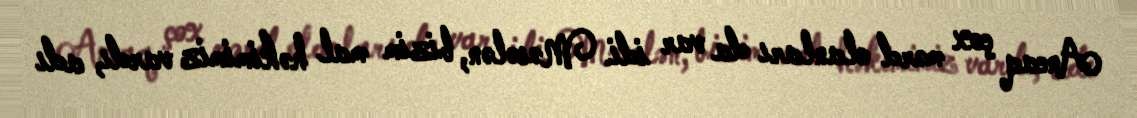
Ancaq çox mərd olanları da var idi. Məsələn, bizim mal həkimimiz vardı, adı